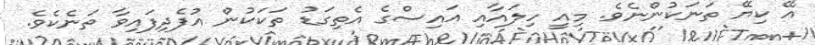
އޭ ކިޔޭ ތަނަކުންނެވެ. މިއީ ހިލައާއި އައިސްގެ އެތިގަޑު ތަކަކުން އުފެދިފައިވާ ތަނެކެވެ.